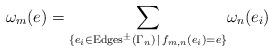
LaTeX: \begin{align*}\omega_m(e) = \underset{\{ e_i \in {\rm Edges}^\pm(\Gamma_n) \, \mid \, f_{m,n}(e_i) = e\}} {\sum}\omega_n(e_i)\end{align*}